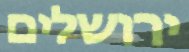
ירושלים